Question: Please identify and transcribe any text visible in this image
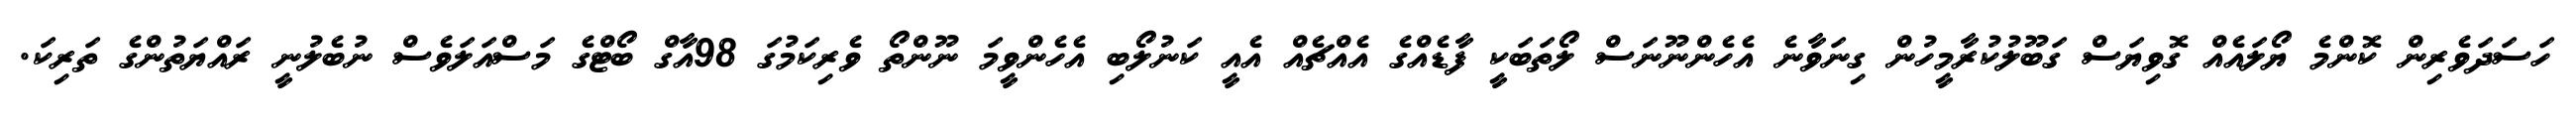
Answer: ހަސަދަވެރިން ކޮންމެ ޔޯލައެއް ގޮވިޔަސް ގަބޫލުކުރާމީހުން ގިނަވާނެ އެހެންނޫނަސް ލޯތަބަކީ ފާޑެއްގެ އެއްޗެއް އެއީ ކަނުލޯބި އެހެންވީމަ ނޫންތޯ ވެރިކަމުގަ 98އާގް ބޯޓްގެ މަސްއަލަވެސް ނުބެލުނީ ރައްޔަތުންގެ ތަރިކަ.